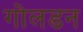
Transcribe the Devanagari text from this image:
गोलडन